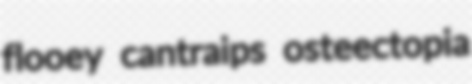
flooey cantraips osteectopia